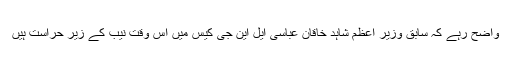
واضح رہے کہ سابق وزیر اعظم شاہد خاقان عباسی ایل این جی کیس میں اس وقت نیب کے زیر حراست ہیں